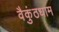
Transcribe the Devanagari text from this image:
वैकुंठधाम